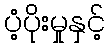
ပံ့ပိုးမှုနှင့်